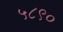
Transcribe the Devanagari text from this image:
५८९०